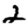
Digit: 2